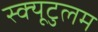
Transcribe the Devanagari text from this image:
स्क्यूटुलम